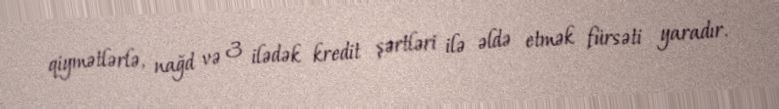
qiymətlərlə, nağd və 3 ilədək kredit şərtləri ilə əldə etmək fürsəti yaradır.